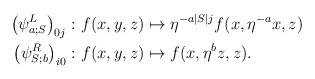
\begin{align*} \left(\psi^L_{a;S}\right)_{0j}\colon& f(x,y,z) \mapsto \eta^{-a \vert S \vert j} f(x, \eta^{-a}x,z) \\ \left(\psi^R_{S;b}\right)_{i0}\colon& f(x,y,z) \mapsto f(x, \eta^{b}z,z). \end{align*}